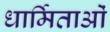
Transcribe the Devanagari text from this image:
धार्मिताओं